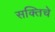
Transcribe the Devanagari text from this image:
सक्तिचे